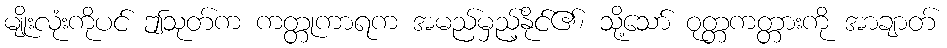
မျိုးလုံးကိုပင် ဤသုတ်က ကတ္တုကာရက အမည်မှည့်နိုင်၏၊ သို့သော် ဝုတ္တကတ္တားကို အာချာတ်